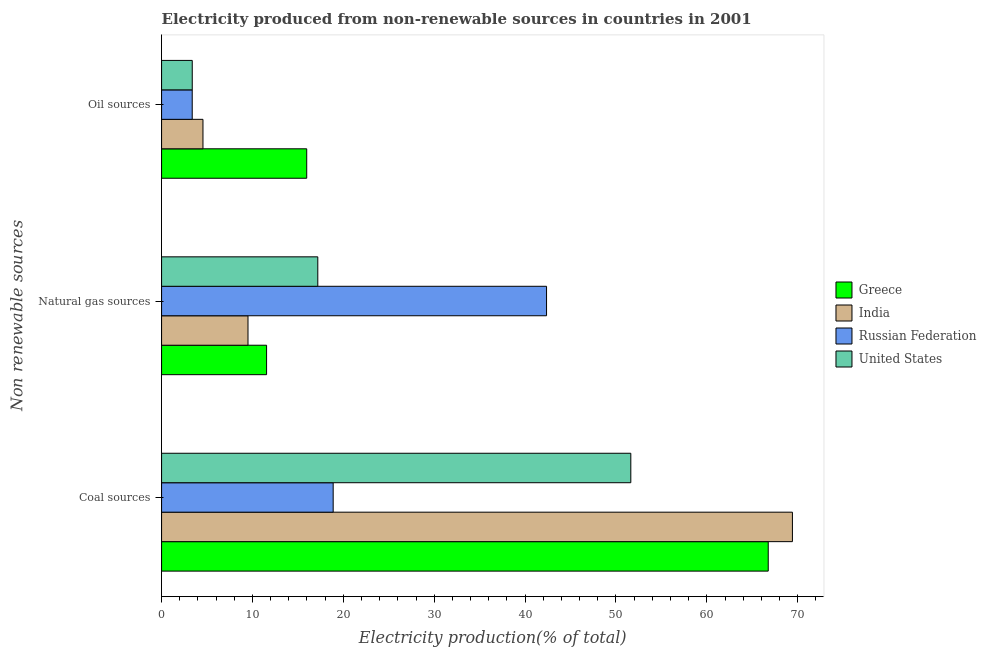
| Non renewable sources | Greece | India | Russian Federation | United States |
 | --- | --- | --- | --- | --- |
 | Coal sources | 66.8 | 69.4 | 18.9 | 51.6 |
 | Natural gas sources | 11.6 | 9.51 | 42.4 | 17.2 |
 | Oil sources | 16 | 4.55 | 3.37 | 3.37 |